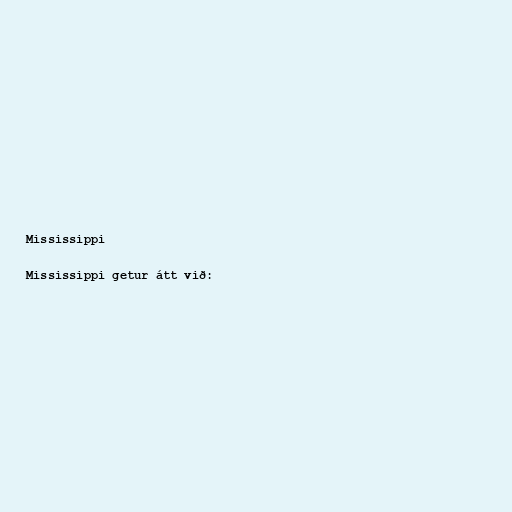
Mississippi

Mississippi getur átt við: